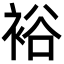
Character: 裕